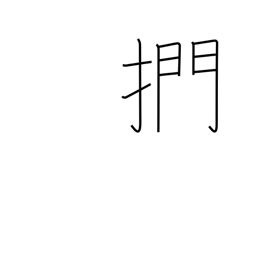
Meaning: to stroke